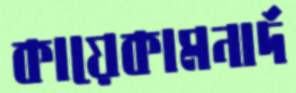
কায়েকামনার্দ